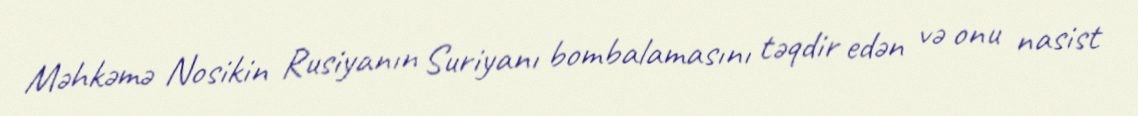
Məhkəmə Nosikin Rusiyanın Suriyanı bombalamasını təqdir edən və onu nasist